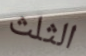
الثلث